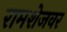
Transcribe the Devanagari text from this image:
रामशेजवर